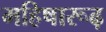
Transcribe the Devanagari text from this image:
महिषारूढ़